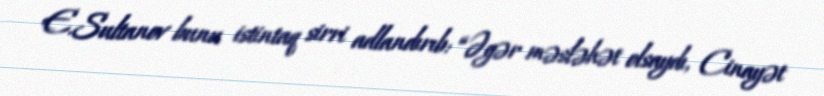
E.Sultanov bunu istintaq sirri adlandırıb: “Əgər məsləhət olsaydı, Cinayət